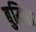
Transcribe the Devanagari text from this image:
बुद्धिता